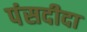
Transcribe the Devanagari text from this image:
पंसदीदा